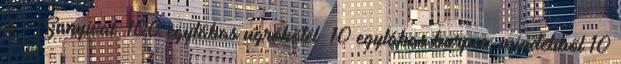
is Sanyival: 100 egylábas ugrókötél 10 egylábas burpee, mindebből 10